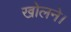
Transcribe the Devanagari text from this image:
खोलने।